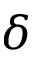
\boldsymbol { \delta }